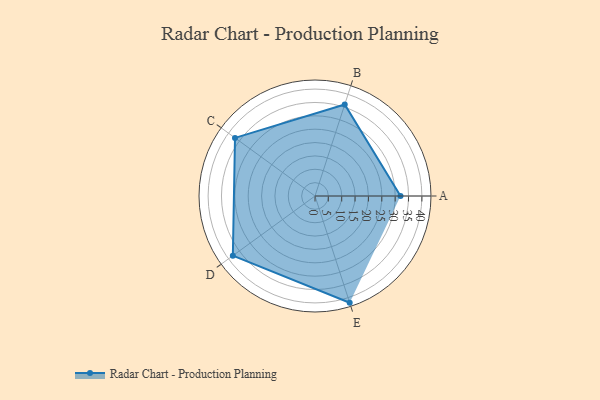
{"axis": {"x": "Skill", "y": "Score"}, "legend": ["Profile"], "data": [{"x": "A", "y": 32.0, "type": "Profile"}, {"x": "B", "y": 36.0, "type": "Profile"}, {"x": "C", "y": 37.0, "type": "Profile"}, {"x": "D", "y": 38.0, "type": "Profile"}, {"x": "E", "y": 42.0, "type": "Profile"}]}